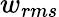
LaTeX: w_{rms}